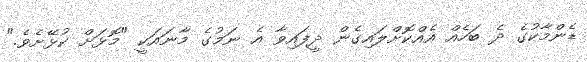
ޑެންމާކުގެ ދެ ބަހެއް އެއްކޮށްލައިގެން ދީފައިވާ އެ ނަމުގެ މާނައަކީ "މޮޅަށް ކުޅޭށެވެ."